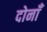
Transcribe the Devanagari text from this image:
दोनाँ